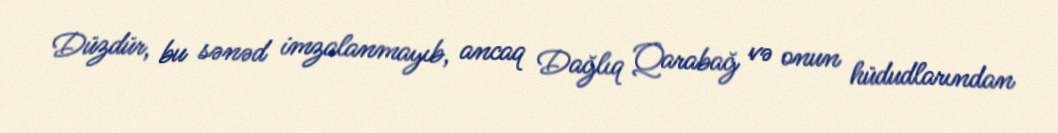
Düzdür, bu sənəd imzalanmayıb, ancaq Dağlıq Qarabağ və onun hüdudlarından